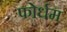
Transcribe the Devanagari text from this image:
फोर्धम